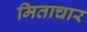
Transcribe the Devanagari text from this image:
मिताचार